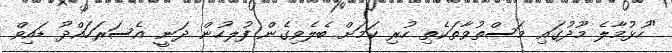
"ހުޅުމާލެ މޫދުގައި މަސްތުވާތަކެތި ހުރި ކަމަށް ބެލެވިގެން ފުލހުން ދަނީ އެސަރަހައްދު ޑައިވް